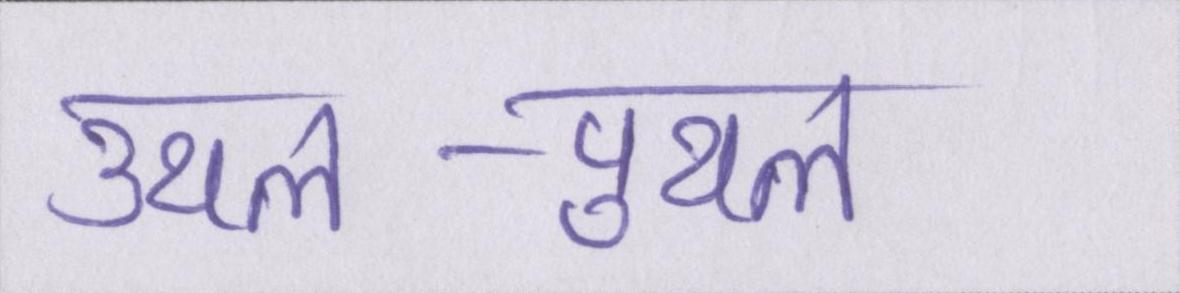
उथल-पुथल